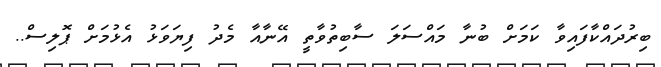
ބިރުދައްކާފައިވާ ކަމަށް ބުނާ މައްސަލަ ސާބިތުވާތީ އޭނާއާ މެދު ފިޔަވަޅު އެޅުމަށް ޕޮލިސް..